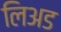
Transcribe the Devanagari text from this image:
लिअड